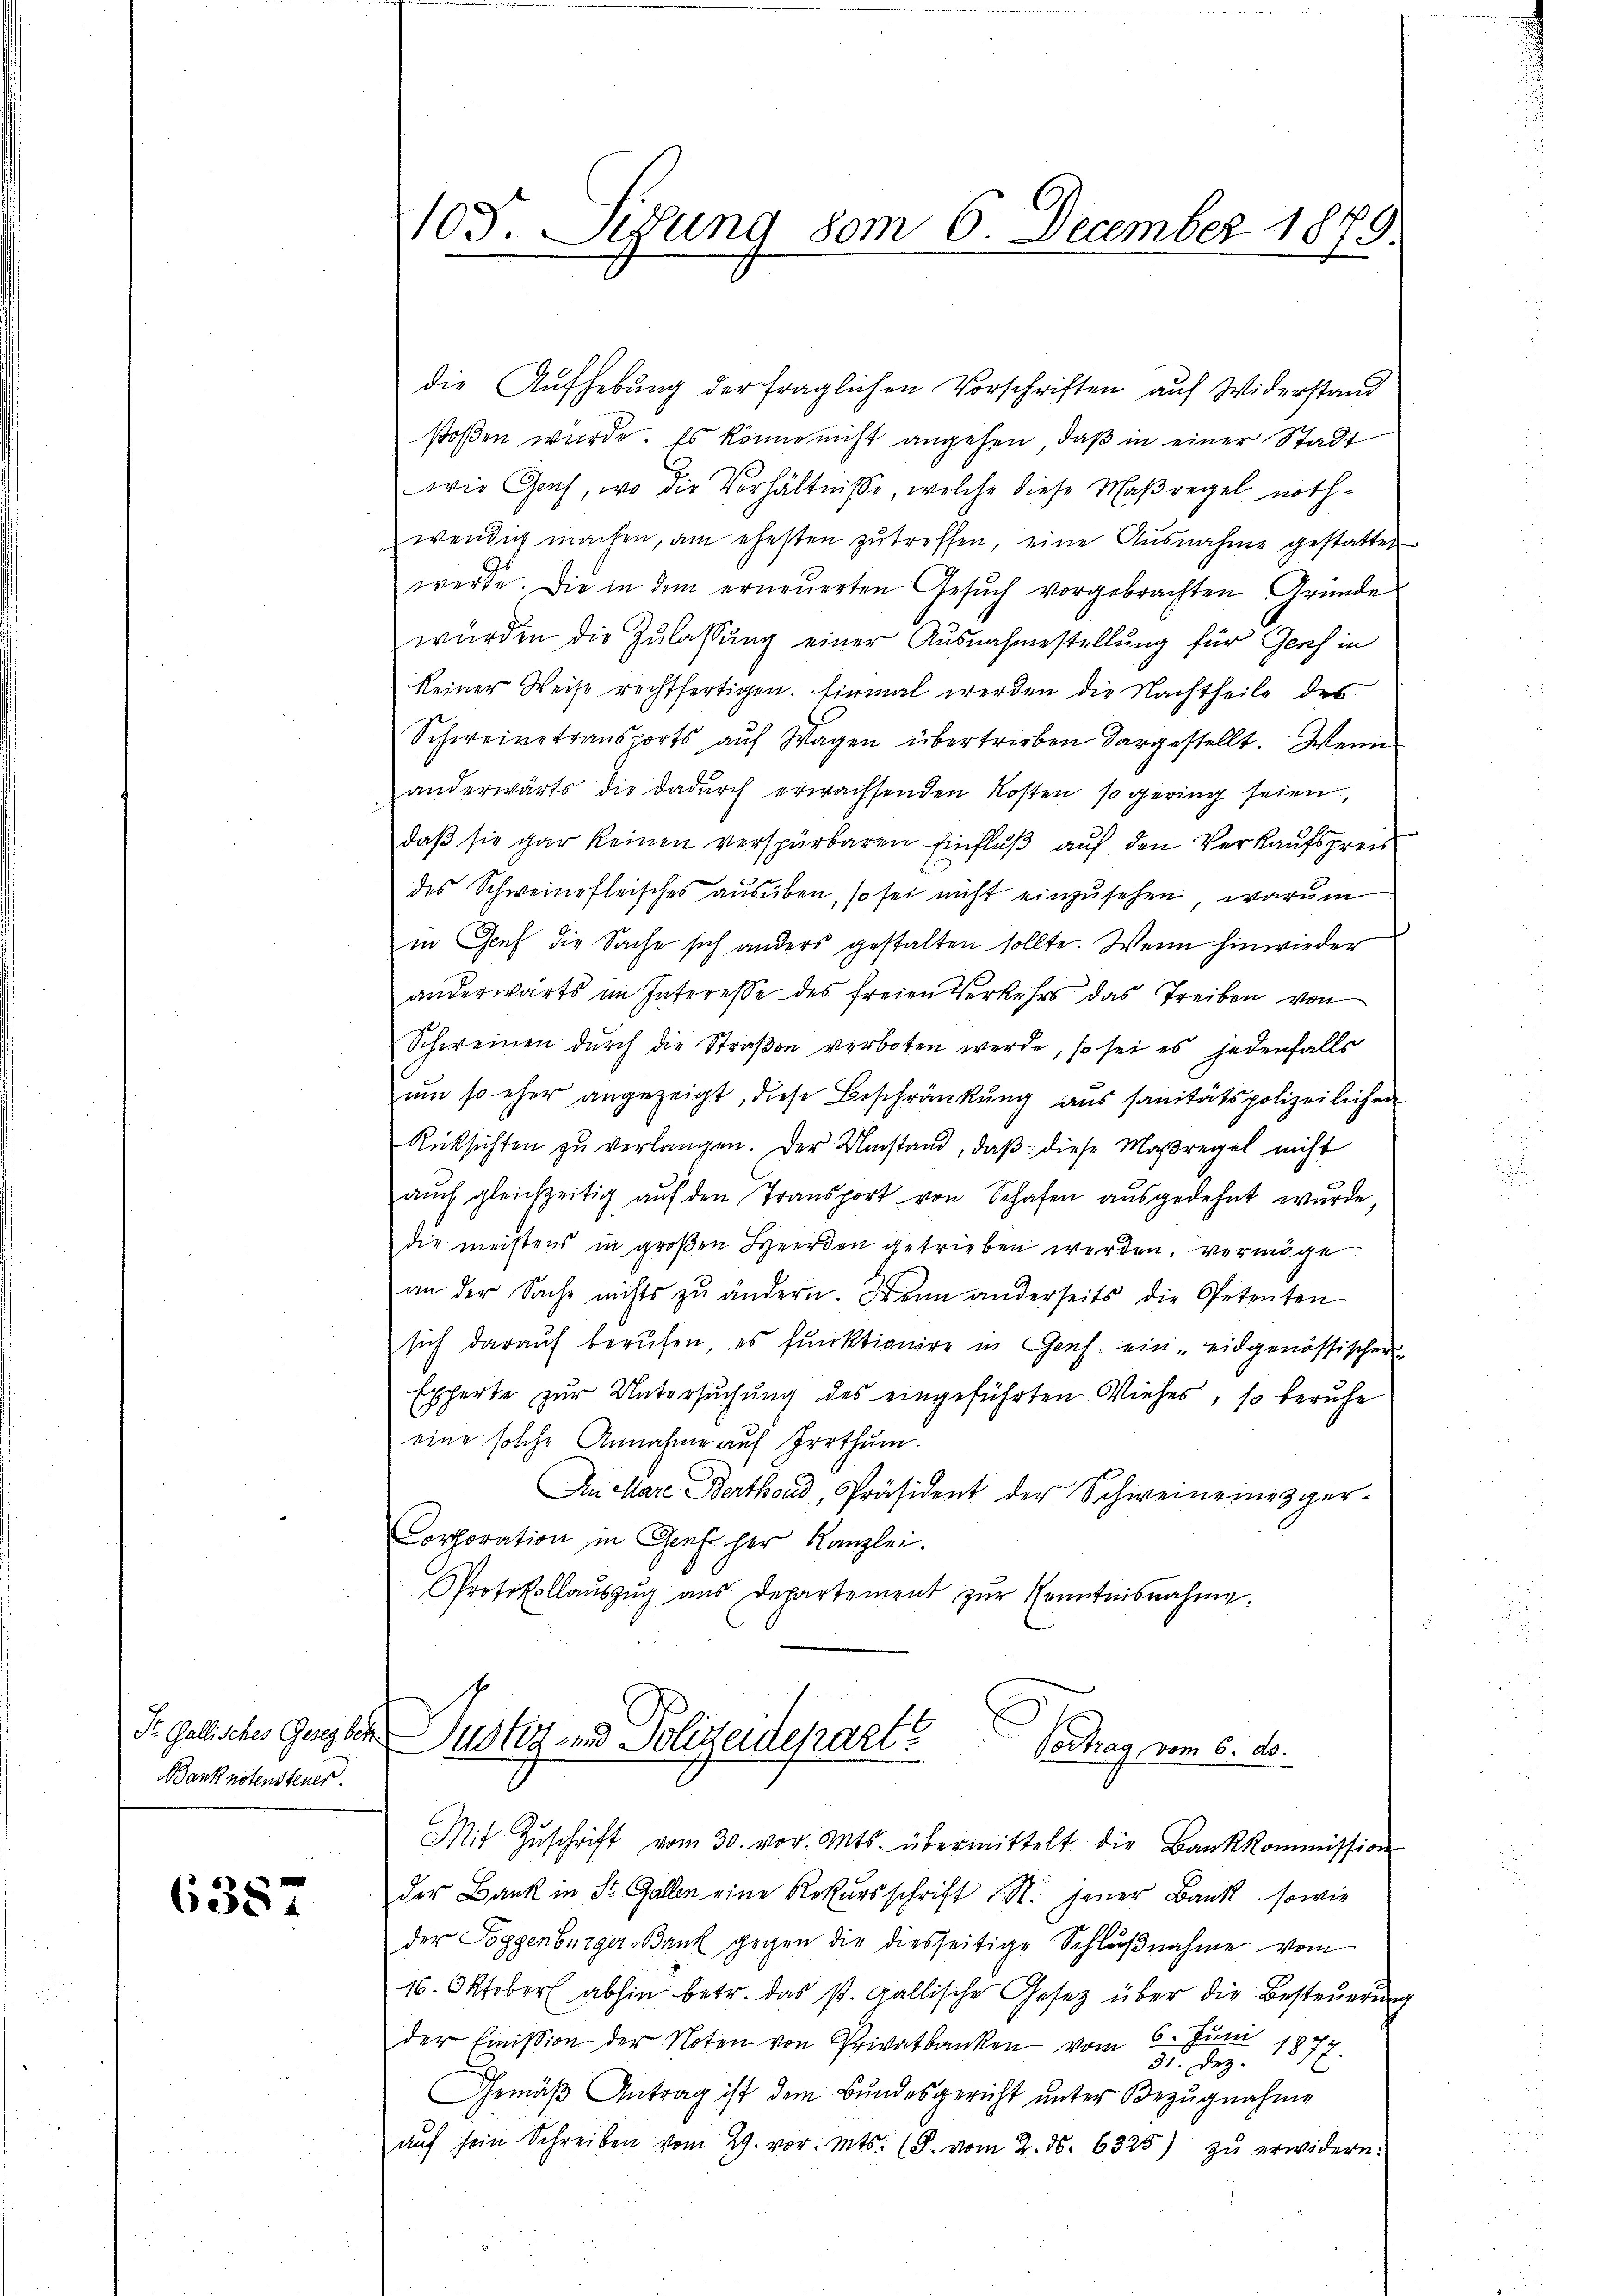
Pr. Gallisches Gesez betr
Banknotensteuer.

6387

105. Sedung 80m 6. December 1879.

die Aufhebung der fraglichen Vorschriften auf Widerstand
stoßen würde. Es könne nicht angehen, daß in einer Stadt
wie Genf, wo die Verhältnisse, welche diese Maßregel noth-
wendig machen, am ehesten zutreffen, eine Ausnahme gestattet
werde. Die in dem erneuerten Gesuch vorgebrachten Gründe
wurden die Zulassung einer Ausnahmestellung für Genf in
keiner Weise rechtfertigen. Einmal werden die Nachtheile des
Schweine transports auf Wagen übertrieben dargestellt. Wenn
anderwärts die dadŭrch erwachsenden Kosten so gering seien,
daß sie gar keinen verspürbaren Einfluß auf den Verkaufspreis
des Schweinefleisches ausüben, so sei nicht einzusehen, warum
in Genf die Sache sich anders gestalten sollte. Wenn hinwieder
anderwärts im Interesse des freien Verkehrs das Treiben von
Schweinen durch die Straßen verboten werde, so sei es jedenfalls
um so eher angezeigt, diese Beschränkung aus sanitätspolizeilichen
Rücksichten zŭ verlangen. Der Umstand, daβ diese Maßregel nicht
aŭch gleichzeitig auf den Transport von Schafen ausgedehnt wurde
die meistens in großen Heerden getrieben werden, vermöge
an der Sache nichts zŭ ändern. Wenn anderseits die Petenten
sich darauf berufen, es funktionire in Genf. ein eidgenössischen
Experte zur Untersuchung des eingeführten Viehes, so beruhe
eine solche Annahme auf Irrthum.
An Mare Berthoud, Präsident der Schweineinezger-
Corporation in Genf her Kanzlei.
Protokollaŭszŭg aŭs Departement zŭr Kenntnisnahme.
2

Justiz- und Polizeidepart Vertrag vom 6. 80.
Mit Zŭschrift vom 30. vor. Mts. übermittelt die Bankkommission

der Bank in St. Gallen eine Rekursschrift u. N. jener Bank, sowie
der Poggenbürger Bank gegen die diesseitige Schlußnahme vom
16. Oktober abhin betr. das st. gallische Gesetz über die Besteŭerŭng
der Emission der Noten von Privatbanken vom 6. Juni 1877
31. Dez.
Gemäß Antrag ist dem Bundesgericht unter Bezugnahme
aŭf sein Schreiben vom 29. vor. Mts. (S. vom 2. No. 6325) zŭ erwidern: